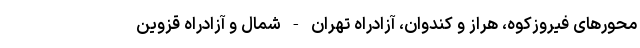
محورهای فیروزکوه، ‌هراز و کندوان، آزادراه تهران - شمال و آزادراه قزوین